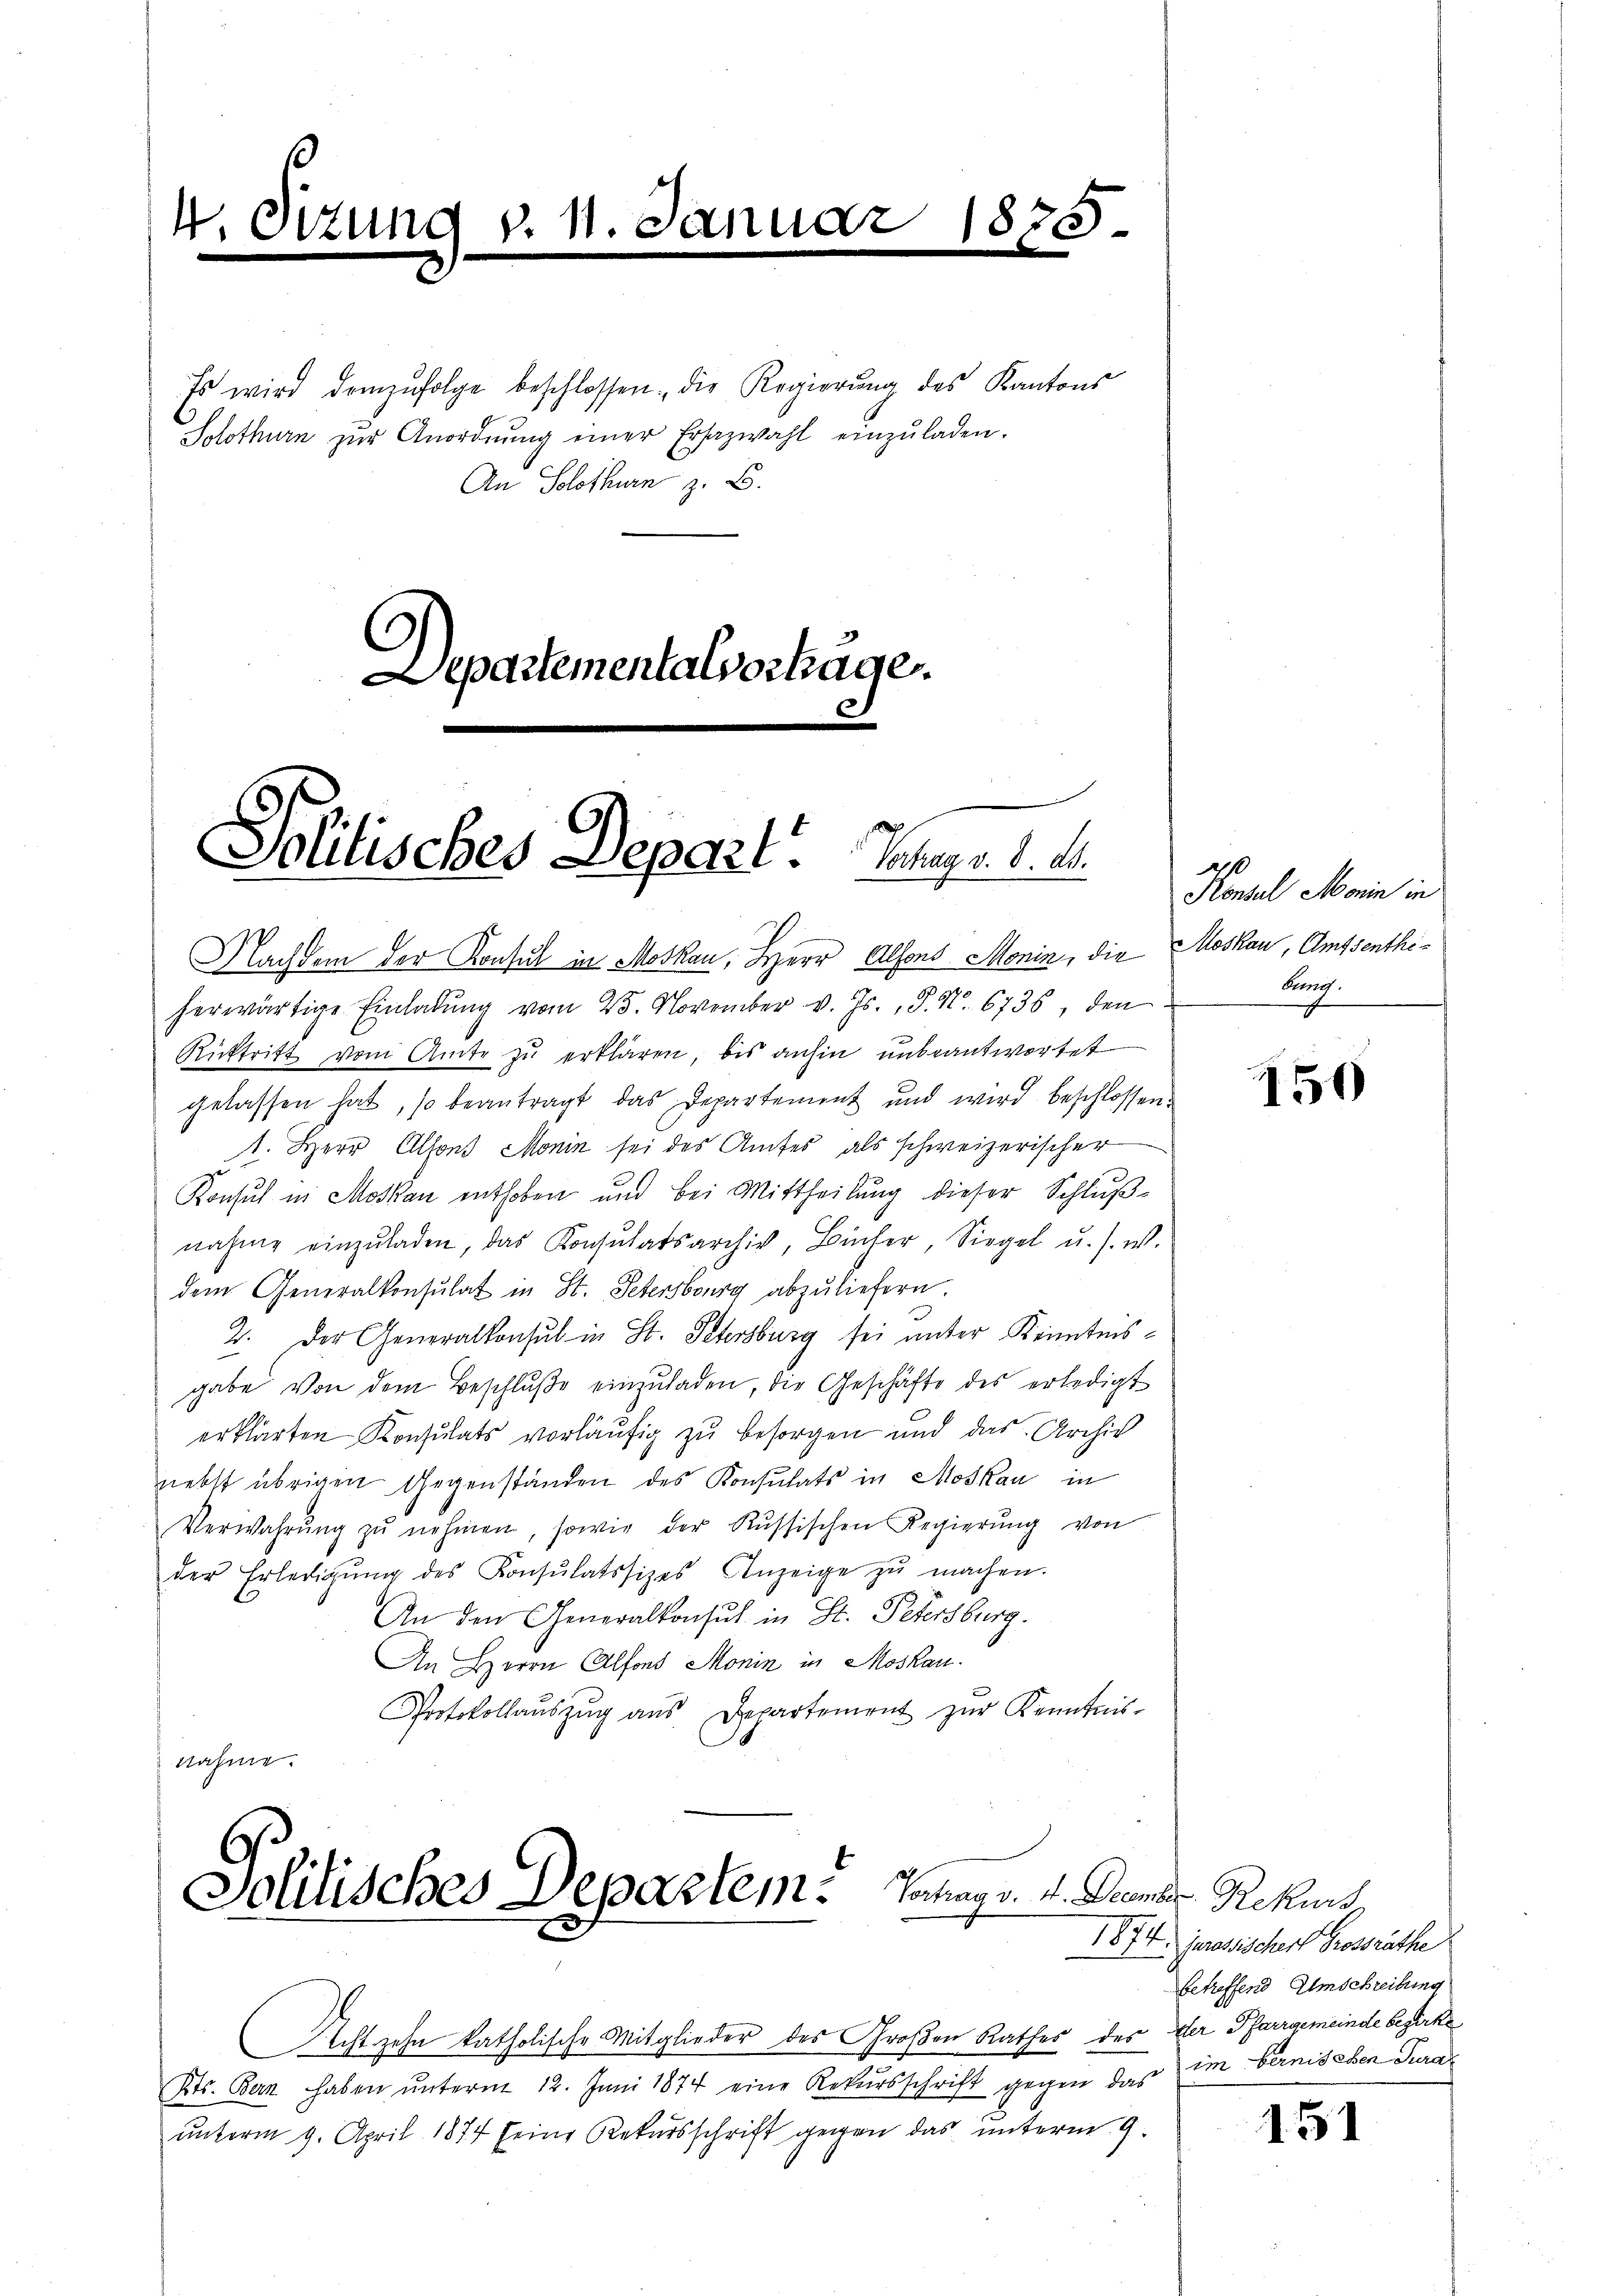
4. Si

Es wird demzufolge beschlossen, die Regierŭng des Kantons
Solothurn zŭr Anordnŭng einer Ersazwahl einzŭladen.
An Solothurn z. B.
Departementalvortäge.

Politisches Depart ange S. 1

Nachdem der Konsul in Moskau, Herr Alfons Monin, die
herwärtige Einladŭng vom 25. November v. Js., S. Nr. 6736, den
Rüftritt vom Amte zu erklären, bis anhin unbeantwortet
gelassen hat, so beantragt das Departement und wird beschlossen:
1. Herr Alfons Monin sei des Amtes als schweizerischer
Konsul in Moskau enthoben und bei Mittheilung dieser Schlußnahme einzŭladen, das Konsulatsarchiv, Bücher Siegel u. s. w.
dem Generalkonsulat in St. Petersburg abzuliefern.
2. Der Generalkonsul in St. Petersburg sei unter Kenntnisgabe von dem Beschluße einzŭladen, die Geschäfte des erledigt
erklärten Konsulats vorläufig zu besorgen und das Archiv
nebst übrigen Gegenständen des Konsulats in Moskau in
Verwahrŭng zŭ nehmen, sowie der Russischen Regierŭng von
der Erledigŭng des Konsŭlatssizes Anzeige zŭ machen.
An den Generalkonsul in St. Petersburg.
An Herrn Alfons Monin in Moskau
Protokollaŭszŭg aŭs Departement zŭr Kenntnis-
nahme.

Jolitisches Departem. Schag v. 4. Brember Rekurs

Konsul Marin in
Moskau, Amtsenthi¬
Burg.

Achtzehn katholische Mitglieder des Großen Rathes des der Pfarrgemeinde beserke
Kts. Bern haben ŭnterm 12. Juni 1874 eine Rekursschrift gegen das
unterm 9. April 1874 seine Rekursschrift gegen das unterm 9.

150

1874. Jurasischert Grossräthe
betreffend Umschreibung
im berniseben Tura

151